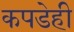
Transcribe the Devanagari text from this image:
कपडेही